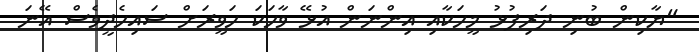
"ޔާކިން ބުނި ދަރިފުޅު މީހަކާއި އިންނަން އުޅޭ ވާހަކަ ހަވީރަށް ސައިހެދީވެސް އޭނަ